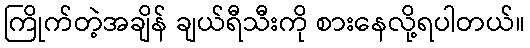
ကြိုက်တဲ့အချိန် ချယ်ရီသီးကို စားနေလို့ရပါတယ်။